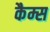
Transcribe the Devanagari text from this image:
कैम्स